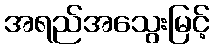
အရည်အသွေးမြင့်